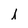
Character: 1